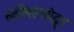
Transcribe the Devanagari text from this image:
सर्वोल्लासोद्धृत